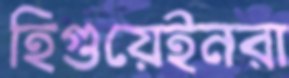
হিগুয়েইনরা